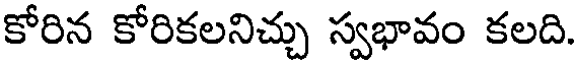
కోరిన కోరికలనిచ్చు స్వభావం కలది.